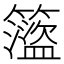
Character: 𥶎